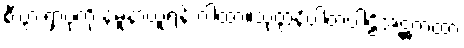
စီးပွားရှာပုံကို နမူနာယူရန် ဂါထာ။သုတ္တနိပါတပါဠိအဋ္ဌကထာ